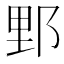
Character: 𨛋